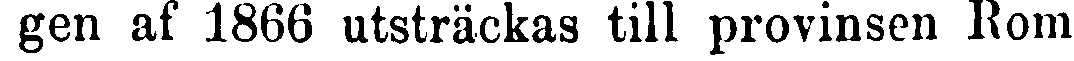
gen af 1866 utsträckas till provinsen Rom